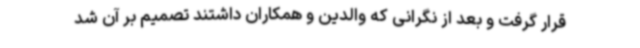
قرار گرفت و بعد از نگرانی که والدین و همکاران داشتند تصمیم بر آن شد